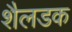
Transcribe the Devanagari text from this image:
शैलडक